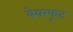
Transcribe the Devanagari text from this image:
बेयरफूट